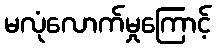
မလုံလောက်မှုကြောင့်